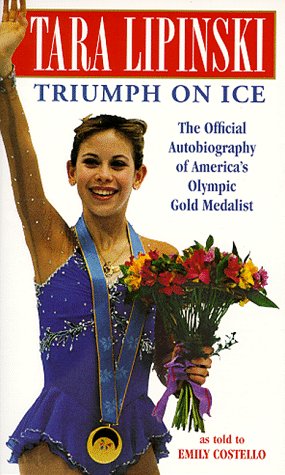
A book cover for Tara Lipinski: Triumph on Ice; Tara Lipinski; Sports & Outdoors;